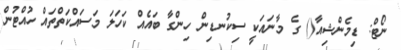
ނޯޓް: ޑިމެންޝިއާ() ގެ މާނައަކީ ސިކުނޑިން ހިންގާ ބައެއް ކަހަލަ މަސައްކަތްތައް ހުއްޓުން